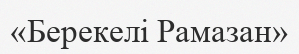
«Берекелі Рамазан»